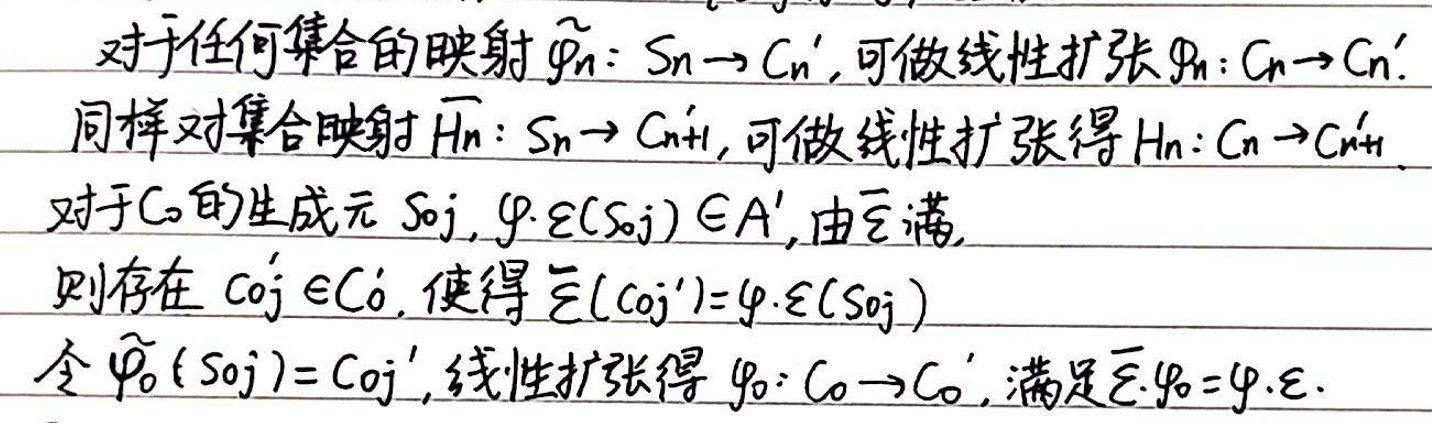
对于任何集合的映射$\widetilde{\varphi}_n:S_n\rightarrow C_{n}',可做线性扩张\varphi_n:C_n\rightarrow C_{n}'.
同样对集合映射\widetilde{H}_n:S_n\rightarrow C_{n + 1}',可做线性扩张得H_n:C_n\rightarrow C_{n+1}'.
对于C_0的生成元s_{0j},\varphi_*\varepsilon(s_{0j})\in A',由\overline{\varepsilon}满,
则存在c_{0j}'\in C_0',使得\overline{\varepsilon}(c_{0j}')=\varphi_*\varepsilon(s_{0j})
令\widetilde{\varphi}_0(s_{0j})=c_{0j}',线性扩张得\varphi_0:C_0\rightarrow C_0',满足\overline{\varepsilon}\varphi_0=\varphi_*\varepsilon.$